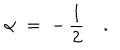
\alpha \; = \; - \, \frac { 1 } { 2 } \quad .